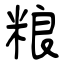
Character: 粮